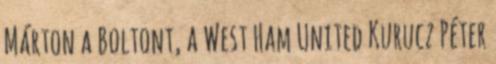
Márton a Boltont, a West Ham United Kurucz Péter